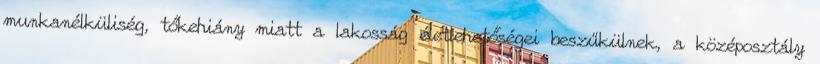
munkanélküliség, tőkehiány miatt a lakosság életlehetőségei beszűkülnek, a középosztály